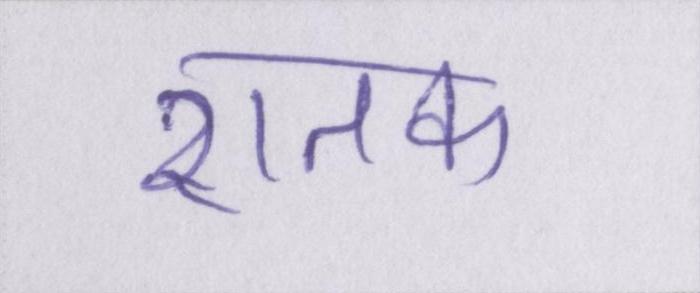
शतक